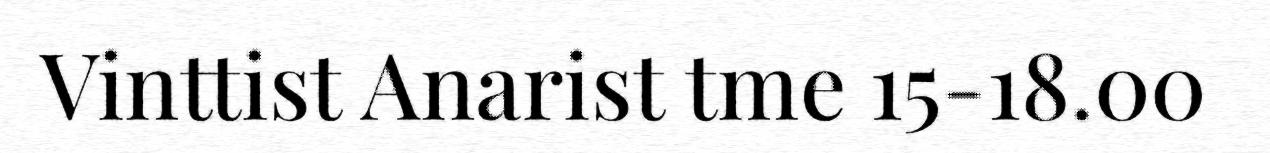
Vinttist Anarist tme 15-18.00